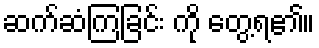
ဆက်ဆံကြခြင်း ကို တွေ့ရ၏။